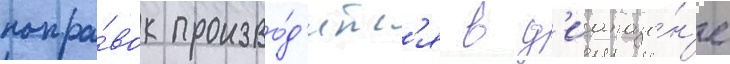
попра́вок произво́д'итс'я в д'иапазо́н'е